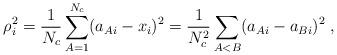
LaTeX: \begin{align*}\rho_i^2 = \frac{1}{N_c}\sum_{A=1}^{N_c}(a_{Ai}-x_i)^2 = \frac{1}{N_c^2}\sum_{A<B} (a_{Ai}-a_{Bi})^2\;,\end{align*}